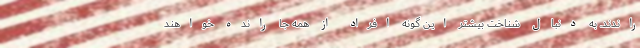
راندند. به دنبال شناخت بیشتر این گونه افراد از همه جا رانده خواهند